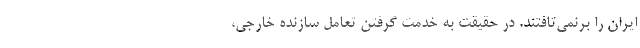
ایران را برنمی‌تافتند. در حقیقت به خدمت گرفتن تعامل سازنده خارجی،